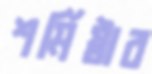
শর্মিষ্ঠার